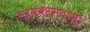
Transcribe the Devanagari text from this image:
सर्वकामदाम्‌।